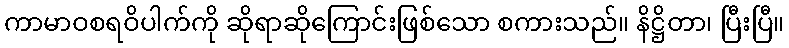
ကာမာဝစရဝိပါက်ကို ဆိုရာဆိုကြောင်းဖြစ်သော စကားသည်။ နိဋ္ဌိတာ၊ ပြီးပြီ။